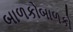
બાળકોબાળકો